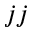
j j